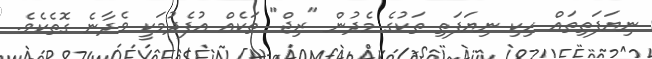
ނިޔަފަތިތައް ހިކި ނިޔަފަތި ތަކުގެ މެދުން "ރިޖް" ތަކެއް އުފެދުމަކީ ވެދާނެ ގޮތެކެވެ.